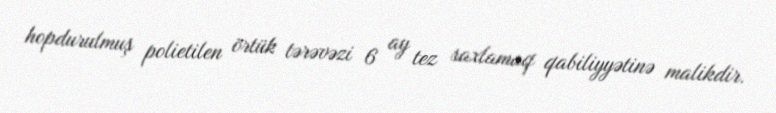
hopdurulmuş polietilen örtük tərəvəzi 6 ay tez saxlamaq qabiliyyətinə malikdir.